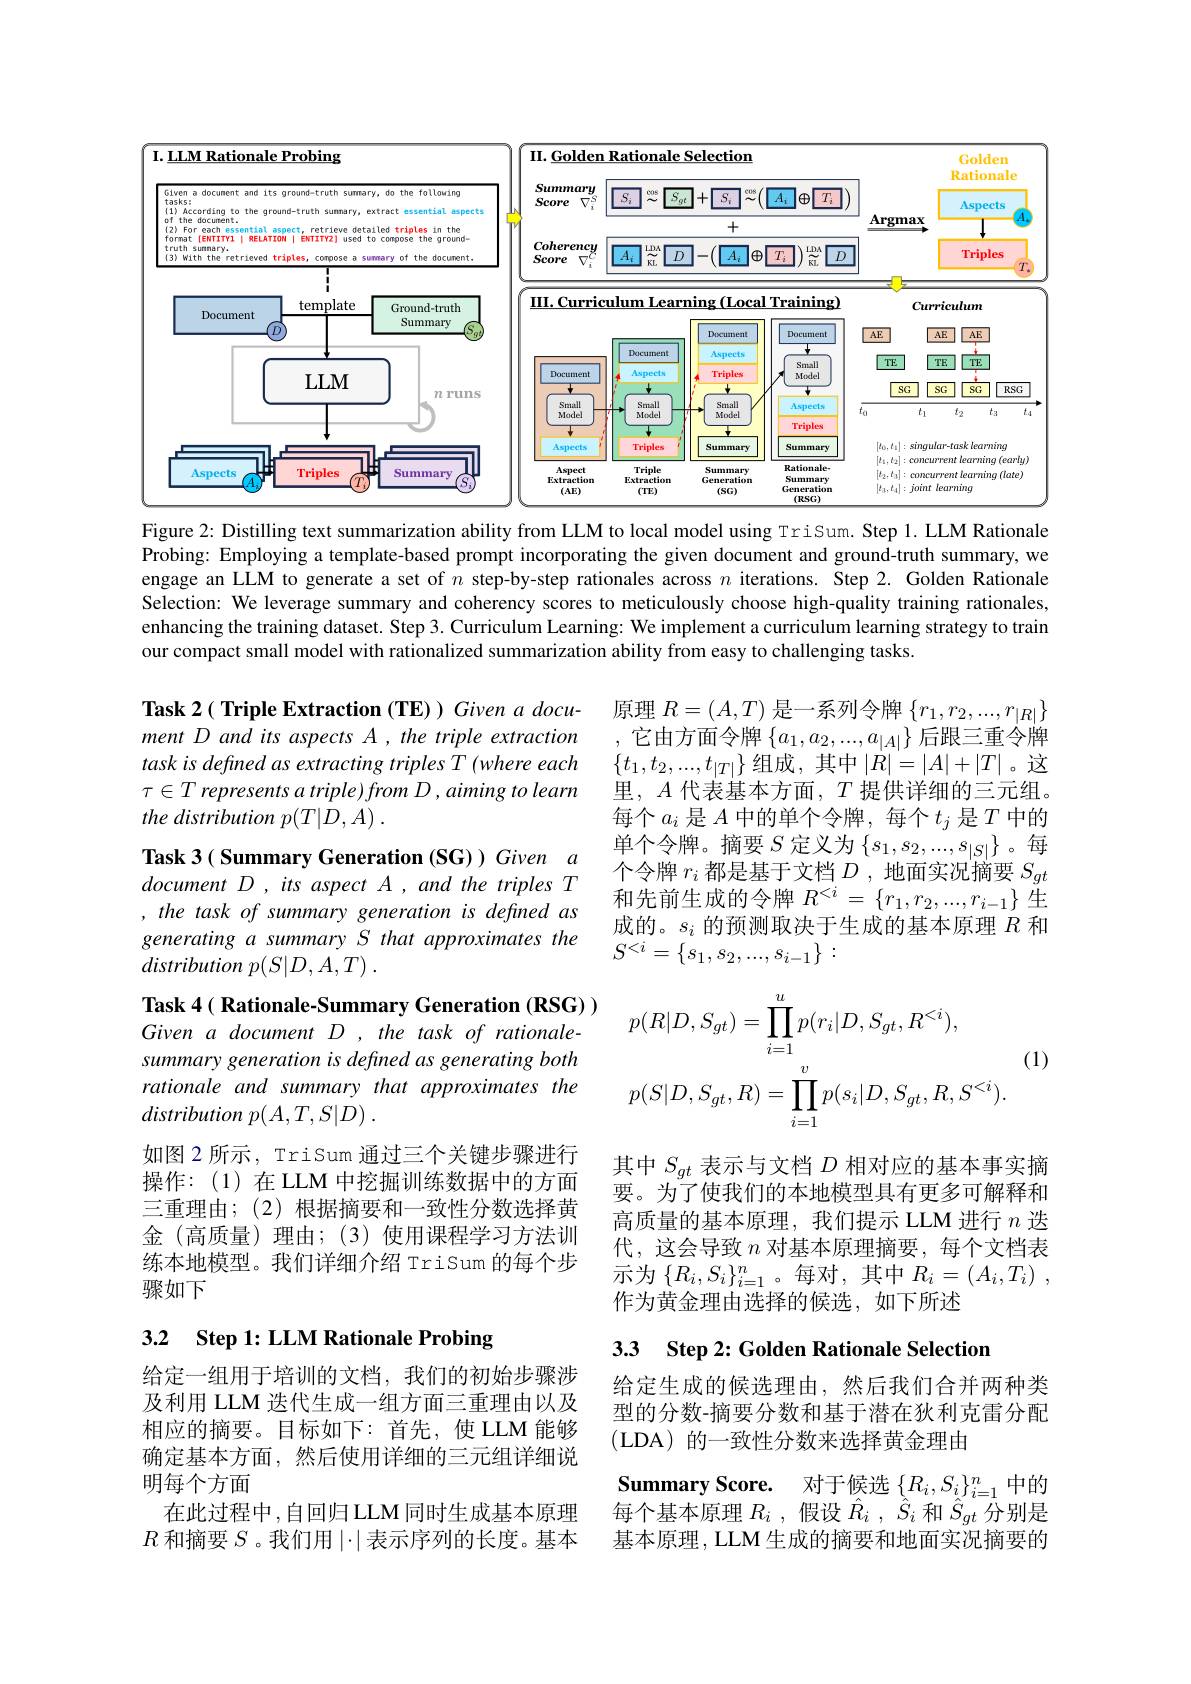
<FigureHere>
Figure 2: Distilling text summarization ability from LLM to local model using TriSum. Step 1. LLM Rationale

Probing: Employing a template-based prompt incorporating the given document and ground-truth summary, we engage an LLM to generate a set of $n$ step-by-step rationales across $n$ iterations. Step 2. Golden Rationale Selection: We leverage summary and coherency scores to meticulously choose high-quality training rationales, enhancing the training dataset. Step 3. Curriculum Learning: We implement a curriculum learning strategy to train our compact small model with rationalized summarization ability from easy to challenging tasks.

原理$R=(A,T)$是一系列令牌$\{r_1,r_2,...,r_{|R|}\}$ ,它由方面令牌$\{a_1,a_2,...,a_{|A|}\}$后跟三重令牌$\{t_1,t_2,...,t_{|T|}\}$组成，其中$|R|=|A|+|T|$。这里，$A$代表基本方面，$T$提供详细的三元组。每个$a_i$ 是$A$ 中的单个令牌，每个$t_j$ 是$T$ 中的单个令牌。摘要 $S$ 定义为$\left\{s_1,s_2,...,s_{|S|}\right\}$。每个令牌$r_i$都是基于文档$D$ , 地面实况摘要$S_gt$ 和先前生成的令牌$R^<i=\{r_1,r_2,...,r_{i-1}\}$生成的。$s_i$的预测取决于生成的基本原理$R$和$S^{<i}=\left\{s_1,s_2,...,s_{i-1}\right\}:$

Task 2( Triple Extraction (TE) ) Given a document D and its aspects $A, \textit{the triple extraction}$ task is defined as extracting triples T (where each $\tau \in T\textit{ represents a triple) from D , aiming to learn}$ the distribution p(T|D,A) .
Task 3 ( Summary Generation (SG) Given a document D , its aspect A , and the triples T , the task of summary generation is defined as generating a summary S that approximates the $distribution~p(S|D,A,T)~.$
$$\begin{aligned}&p(R|D,S_{gt})=\prod_{i=1}^{u}p(r_{i}|D,S_{gt},R^{<i}),\\&p(S|D,S_{gt},R)=\prod_{i=1}^{v}p(s_{i}|D,S_{gt},R,S^{<i}).\end{aligned}$$
(1)

Task 4 ( Rationale-Summary Generation (RSG) ) Given a document D , the task of rationalesummary generation is defined as generating both rationale and summary that approximates the $distribution~p(A,T,S|D)~.$
如图 2 所示，Trisum 通过三个关键步骤进行操作：(1)在LLM 中挖掘训练数据中的方面三重理由；(2)根据摘要和一致性分数选择黄金(高质量)理由；(3)使用课程学习方法训练本地模型。我们详细介绍 TriSum 的每个步骤如下

其中$S_{gt}$表示与文档$D$相对应的基本事实摘要。为了使我们的本地模型具有更多可解释和高质量的基本原理，我们提示 LLM 进行$n$迭代，这会导致$n$对基本原理摘要，每个文档表示为$\left\{R_{i},S_{i}\right\}_{i=1}^{n}$。每对，其中$R_i=\left(A_{i},T_{i}\right)$, 作为黄金理由选择的候选，如下所述

## 3.2 Step 1: LLM Rationale Probing

# 3.3 Step 2: Golden Rationale Selection

给定生成的候选理由，然后我们合并两种类型的分数-摘要分数和基于潜在狄利克雷分配(LDA)的一致性分数来选择黄金理由

给定一组用于培训的文档，我们的初始步骤涉及利用 LLM 迭代生成一组方面三重理由以及相应的摘要。目标如下：首先，使 LLM 能够确定基本方面，然后使用详细的三元组详细说明每个方面
在此过程中，自回归LLM同时生成基本原理$R$和摘要$S$。我们用$|\cdot|$表示序列的长度。基本

Summary Score. 对于候选$\{R_i,S_i\}_{i=1}^n$中的每个基本原理$R_i$ ,假设$\hat{R} _i$ , $\hat{S} _i$和$\hat{S}_{gt}$分别是基本原理，LLM 生成的摘要和地面实况摘要的